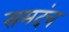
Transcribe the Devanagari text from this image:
समदंच